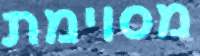
מסוימת